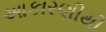
આકારણીથી